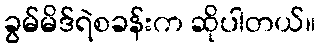
ခွမ်မိဒ်ရဲစခန်းက ဆိုပါတယ်။